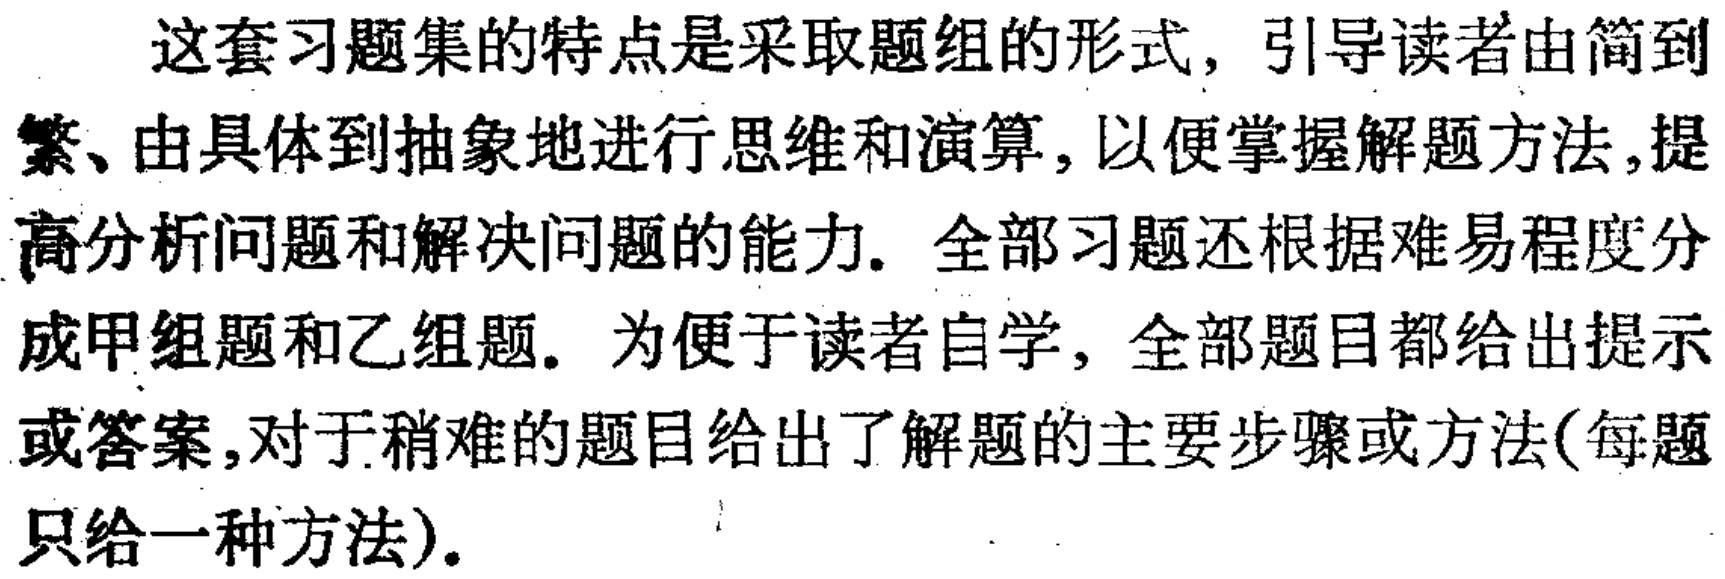
这套习题集的特点是采取题组的形式，引导读者由简到繁、由具体到抽象地进行思维和演算，以便掌握解题方法,提高分析问题和解决问题的能力. 全部习题还根据难易程度分成甲组题和乙组题. 为便于读者自学，全部题目都给出提示或答案,对于稍难的题目给出了解题的主要步骤或方法(每题只给一种方法).